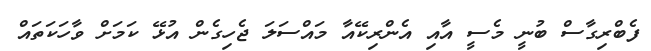
ފެބްރިގާސް ބުނީ މެސީ އާއި އެންރިކޭއާ މައްސަލަ ޖެހިގެން އުޅޭ ކަމަށް ވާހަކަތައް